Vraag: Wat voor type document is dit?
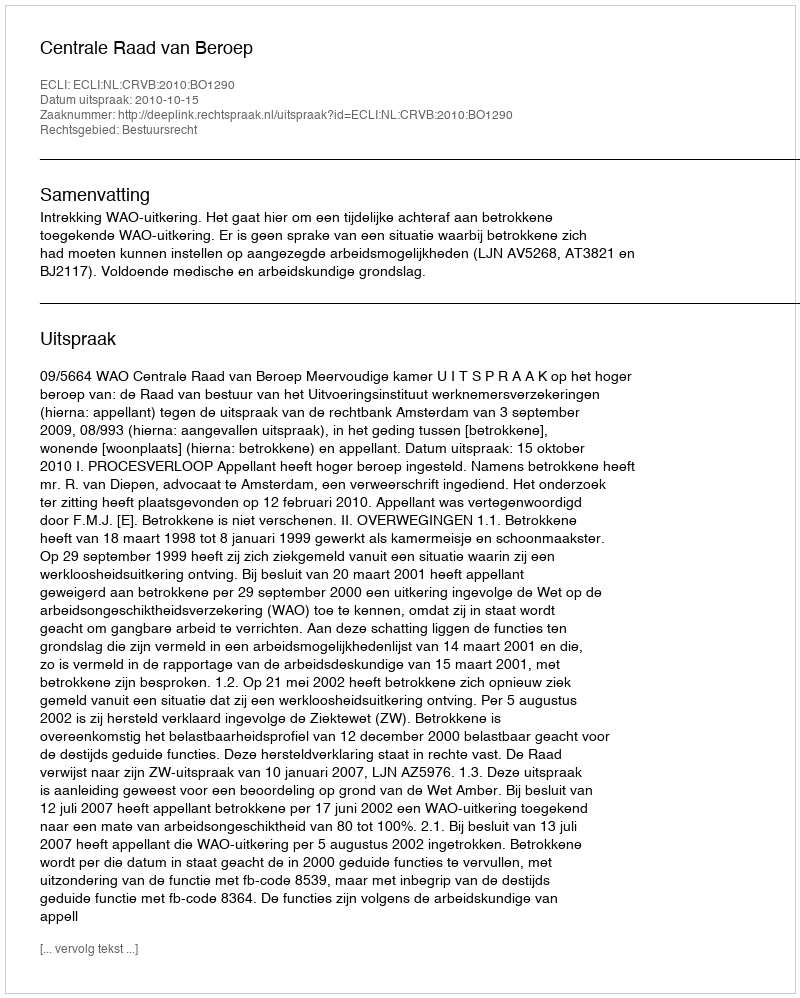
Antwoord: Uitspraak